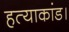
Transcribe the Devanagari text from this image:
हत्याकांड।